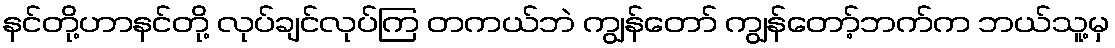
နင်တို့ဟာနင်တို့ လုပ်ချင်လုပ်ကြ တကယ်ဘဲ ကျွန်တော် ကျွန်တော့်ဘက်က ဘယ်သူ့မှ